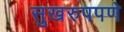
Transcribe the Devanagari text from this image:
सुखरुपपणे